On the action of the venoms of the cobra (Naja tripudians) and of the daboia (Daboia russellii) on the red blood corpuscles and on the blood plasma - Number 4
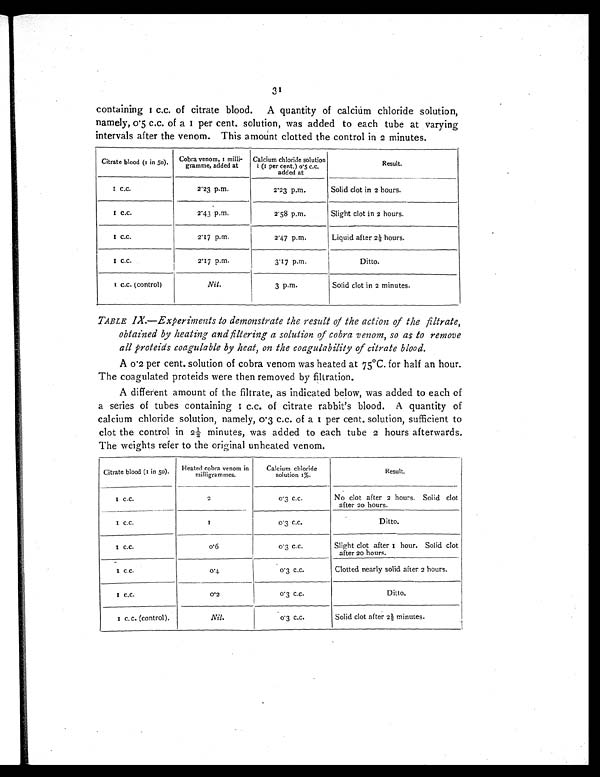
31
c o n t a i n i n g 1 c . c . o f c i t r a t e b l o o d . A q u a n t i t y o f c a l c i u m c h l o r i d e s o l u t i o n ,
namel y, 0. 5 c. c. of a 1 per cent , s ol ut i on, was added t o each t ube at var yi ng
intervals after the venom. This amount clotted the control in 2 minutes.
Citrate blood (1 in 50). Cobra venom, 1 milli-
grammes, added at
Calcium chloride solution
1 (1 per cent.) (0.5 c.c.
added at
Result.
1 c.c.
2.23 p.m.
2.23 p.m.
Solid clot in 2 hours.
1 c.c.
2.43 p.m.
2.58 p.m.
Slight clot in 2 hours.
1 c.c.
2.17 p.m.
2.47 p.m.
Liquid after 2½ hours.
1 c.c.
2.17 p.m.
3.17 p.m.
Ditto.
1 c.c. (control)
Nil.
3 p.m.
Solid clot in 2 minutes.
TABLE IX.—Experiments to demonstrate the result of the action of the filtrate,
obtained by heating and filtering a solution of cobra venom, so as to remove
all proteids coagulable by heat, on the coagulability of citrate blood.
A 0.2 per cent. solution of cobra venom was heated at 75°C. for half an hour.
The coagulated proteids were then removed by filtration.
A different amount of the filtrate, as indicated below, was added to each of
a series of tubes containing 1 c. c. of citrate rabbit' s blood. A quantity of
calcium chloride solution, namely, 0.3 c.c. of a 1 per cent. solution, sufficient to
clot the control in 2½ minutes, was added to each tube 2 hours afterwards.
The weights refer to the original unheated venom.
Citrate blood (1 in 50). Heated cobra venom in
milligramines.
Calcium chloride
solution 1%.
Result.
1 c . c .
2
0.3
c . c .
No clot after 2 hours. Solid clot
after 20 hours.
1 c . c .
1
0.3
c . c .
Ditto.
1 c . c .
0 . 6 0.3
c . c .
Slight clot after 1 hour. Solid clot
after 20 hours.
1 c.c.
0 . 4 0.3 c.c.
Clotted nearly solid after 2 hours.
1 c . c .
0.2
0.3 c.c.
Ditto.
1 c. c. (control).
Nil.
0.3 c.c.
Solid clot after 2½ minutes.